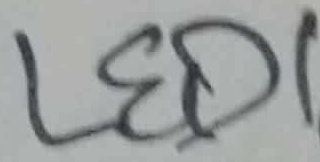
Text: LED1